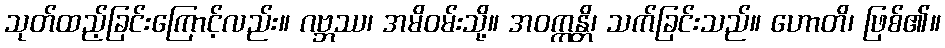
သုတ်ထည့်ခြင်းကြောင့်လည်း။ ဂဗ္ဘဿ၊ အမိဝမ်းသို့။ အဝက္ကန္တိ၊ သက်ခြင်းသည်။ ဟောတိ၊ ဖြစ်၏။